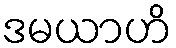
ဒမယာဟိ